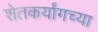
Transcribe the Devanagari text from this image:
शेतकर्यांगच्या